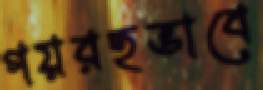
গয়রহভাবে